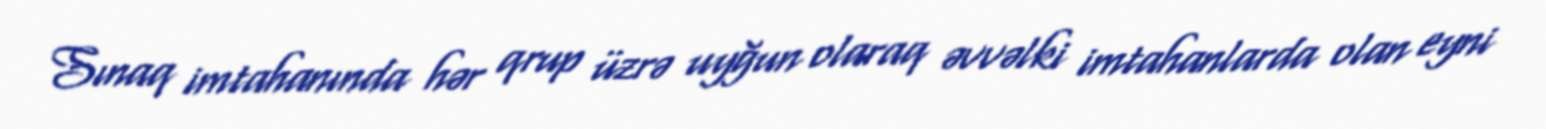
Sınaq imtahanında hər qrup üzrə uyğun olaraq əvvəlki imtahanlarda olan eyni